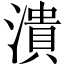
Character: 潰